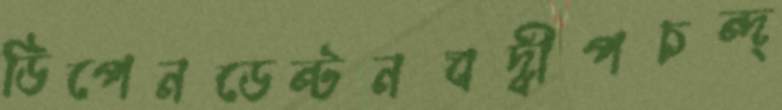
ডিপেনডেন্টনবদ্বীপচন্দ্